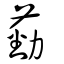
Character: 葝